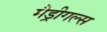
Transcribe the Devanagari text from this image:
मैड्रीगल्स